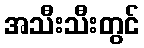
အသီးသီးတွင်